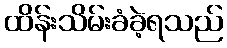
ထိန်းသိမ်းခံခဲ့ရသည်